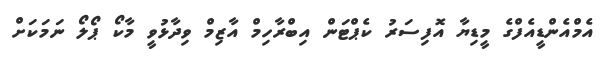
އެމްއެންޑީއެފްގެ މީޑިޔާ އޮފިސަރު ކެޕްޓަން އިބްރާހިމް އާޒިމް ވިދާޅުވީ މާކޯ ޕޯލޯ ނަމަކަށް